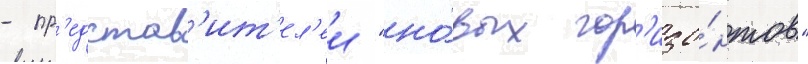
- пр'едстав'ит'ел'еи "но́вых гор'изо́нтов"